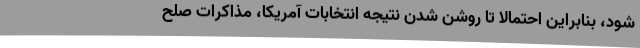
شود، بنابراین احتمالا تا روشن شدن نتیجه انتخابات آمریکا، مذاکرات صلح